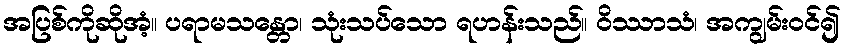
အပြစ်ကိုဆိုအံ့။ ပရာမသန္တော၊ သုံးသပ်သော ရဟန်းသည်။ ဝိဿာသံ၊ အကျွမ်းဝင်၍